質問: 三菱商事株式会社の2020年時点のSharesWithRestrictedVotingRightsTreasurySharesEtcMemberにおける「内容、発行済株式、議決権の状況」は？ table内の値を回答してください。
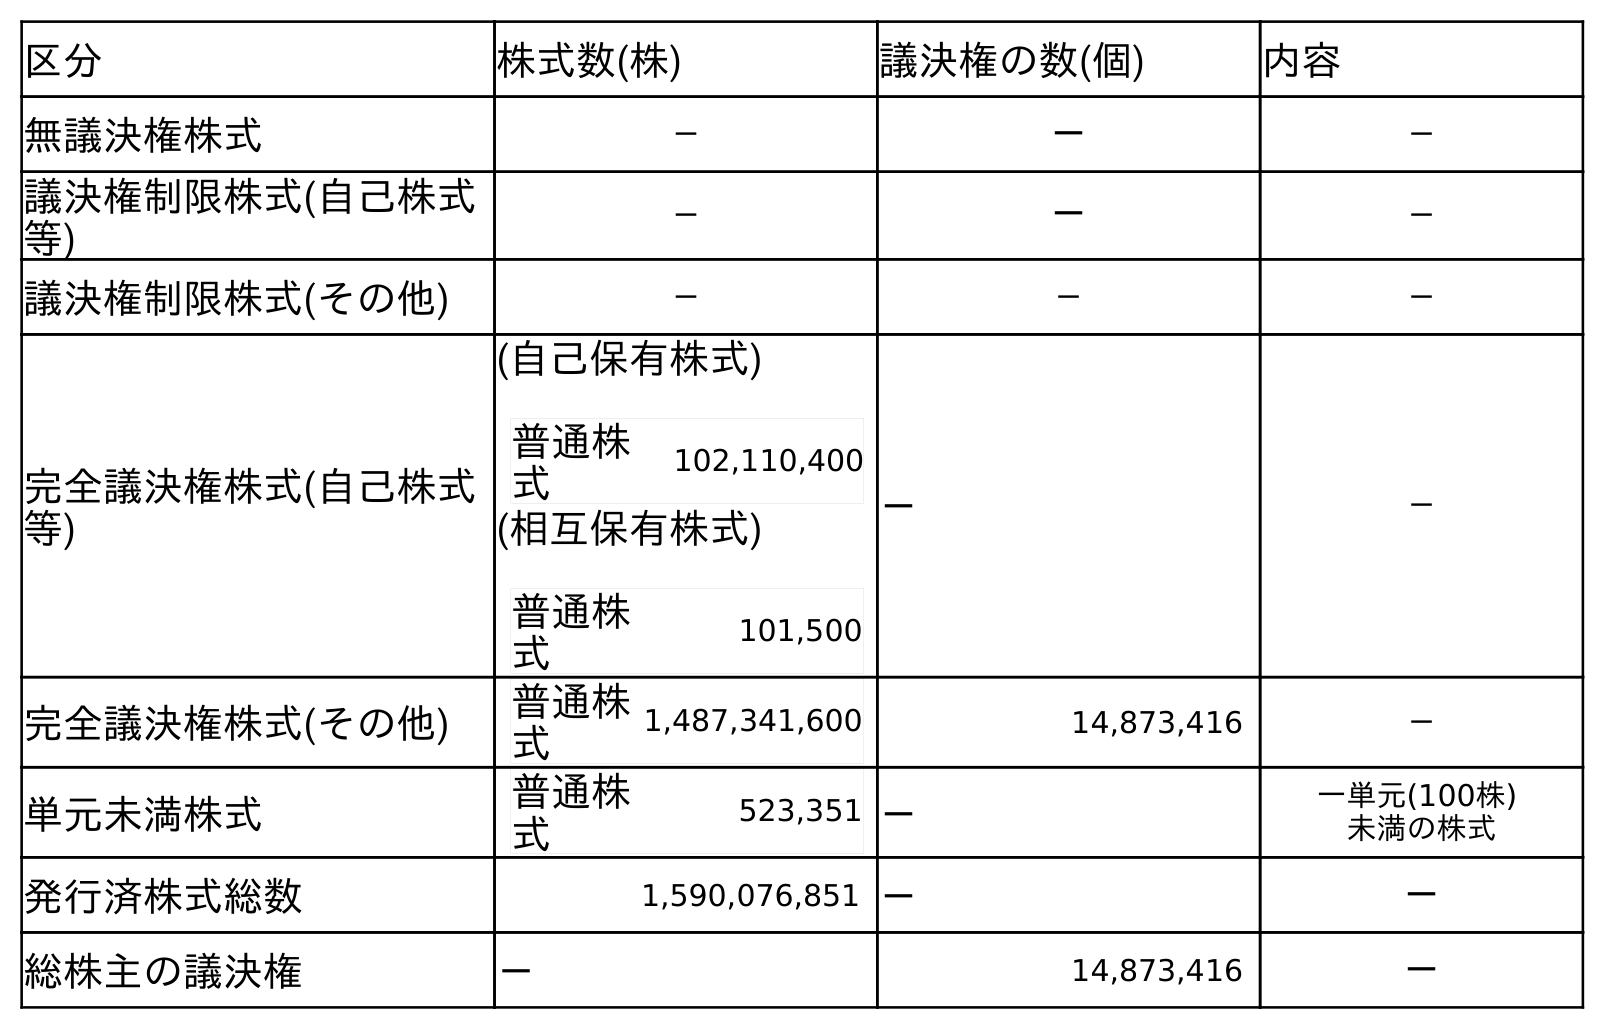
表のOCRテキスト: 区分 株式数(株) 議決権の数(個) 内容 無議決権株式 － － － 議決権制限株式(自己株式 等) － － － 議決権制限株式(その他) － － － 完全議決権株式(自己株式 等) (自己保有株式) 普通株 式 102,110,400 － － (相互保有株式) 普通株 式 101,500 完全議決権株式(その他) 普通株 式 1,487,341,600 14,873,416 － 単元未満株式 普通株 式 523,351 － 一単元(100株) 未満の株式 発行済株式総数 1,590,076,851 － － 総株主の議決権 － 14,873,416 －
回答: －